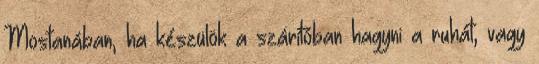
Mostanában, ha készülök a szárítóban hagyni a ruhát, vagy